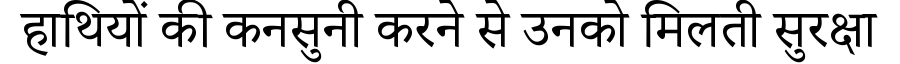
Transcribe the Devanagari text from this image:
हाथियों की कनसुनी करने से उनको मिलती सुरक्षा